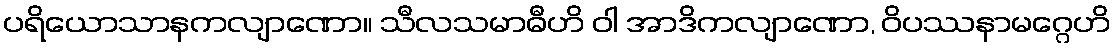
ပရိယောသာနကလျာဏော။ သီလသမာဓီဟိ ဝါ အာဒိကလျာဏော, ဝိပဿနာမဂ္ဂေဟိ